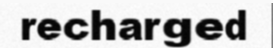
recharged